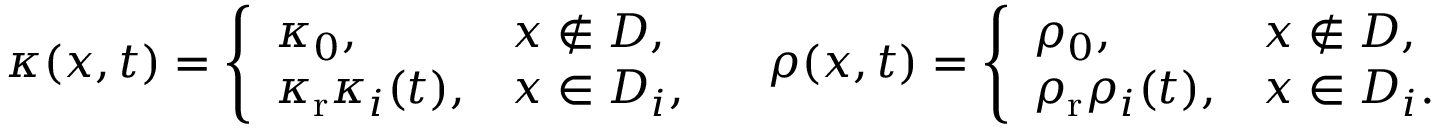
\begin{array} { r } { \kappa ( x , t ) = \left\{ \begin{array} { l l } { \kappa _ { 0 } , } & { x \notin { D } , } \\ { \kappa _ { \mathrm { r } } \kappa _ { i } ( t ) , } & { x \in D _ { i } , } \end{array} \right. \quad \rho ( x , t ) = \left\{ \begin{array} { l l } { \rho _ { 0 } , } & { x \notin { D } , } \\ { \rho _ { \mathrm { r } } \rho _ { i } ( t ) , } & { x \in D _ { i } . } \end{array} \right. } \end{array}